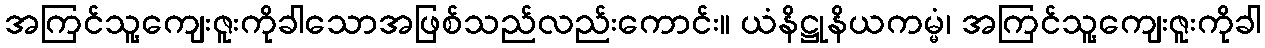
အကြင်သူ့ကျေးဇူးကိုခါသောအဖြစ်သည်လည်းကောင်း။ ယံနိဋ္ဌုနိယကမ္မံ၊ အကြင်သူ့ကျေးဇူးကိုခါ